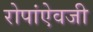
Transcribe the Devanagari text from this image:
रोपांएेवजी